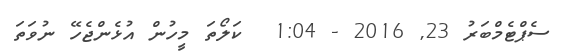
ސެޕްޓެމްބަރު 23